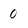
Character: 0